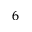
_ 6